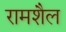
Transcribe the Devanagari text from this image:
रामशैल